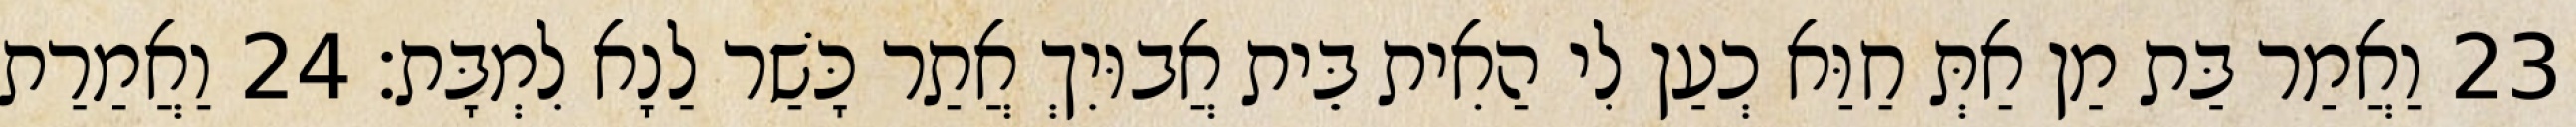
23 וַאֲמַר בַּת מַן אַתְּ חַוַּא כְעַן לִי הַאִית בֵּית אֲבוּיִךְ אֲתַר כָּשַׁר לַנָא לִמְבָּת׃ 24 וַאֲמַרַת